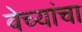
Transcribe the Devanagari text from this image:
वेच्यांचा